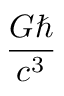
\frac { G \hbar } { c ^ { 3 } }